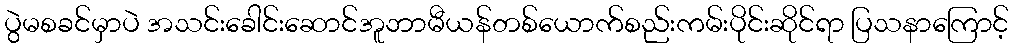
ပွဲမစခင်မှာပဲ အသင်းခေါင်းဆောင်အူဘာမီယန်တစ်ယောက်စည်းကမ်းပိုင်းဆိုင်ရာ ပြသနာကြောင့်